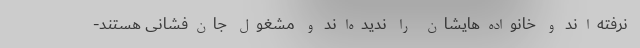
نرفته‌اند و خانواده‌هایشان را ندیده‌اند و مشغول جان‌فشانی هستند-